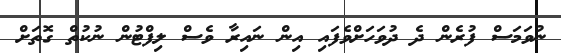
ނުވަމަސް ފުރެން ދެ ދުވަހަށްވެފައި އިން ނައިރާ ވެސް ލިފްޓުން ނުކުތް ގޮތަށް